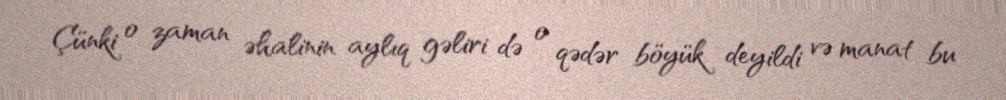
Çünki o zaman əhalinin aylıq gəliri də o qədər böyük deyildi və manat bu